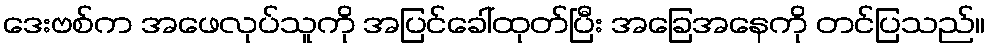
ဒေးဗစ်က အဖေလုပ်သူကို အပြင်ခေါ်ထုတ်ပြီး အခြေအနေကို တင်ပြသည်။